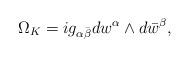
LaTeX: \begin{align*}\Omega_K=i g_{\alpha\bar \beta}dw^{\alpha} \wedge d\bar w^{\beta},\end{align*}